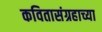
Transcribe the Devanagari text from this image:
कवितासंग्रहाच्या